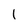
Character: 1